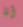
أنا